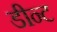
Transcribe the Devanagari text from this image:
डीन्ट